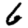
Digit: 6